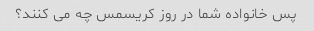
پس خانواده شما در روز کریسمس چه می کنند؟